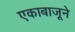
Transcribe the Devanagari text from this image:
एकाबाजूने